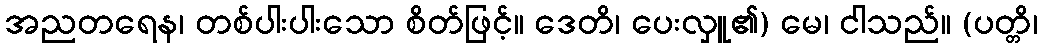
အညတရေန၊ တစ်ပါးပါးသော စိတ်ဖြင့်။ ဒေတိ၊ ပေးလှူ၏) မေ၊ ငါသည်။ (ပတ္တိ၊